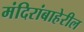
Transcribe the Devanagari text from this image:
मंदिरांबाहेरील